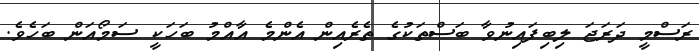
ރަސްމީ ދަރަޖަ ލިބިފައިނުވާ ބަސްތަކުގެ ތެރެއިން އެންމެ އާއްމު ބަހަކީ ސަމޯއަން ބަހެވެ.